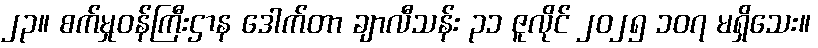
၂၃။ စက်မှုဝန်ကြီးဌာန ဒေါက်တာ ချာလီသန်း ၃၁ ဇူလိုင် ၂၀၂၅ ၁၀၇ မရှိသေး။